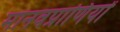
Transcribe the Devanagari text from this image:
मानवप्राणियों